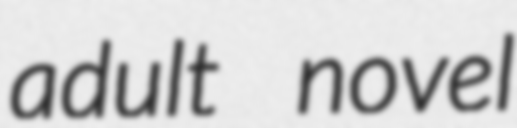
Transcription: adult novel